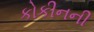
કોકીનની